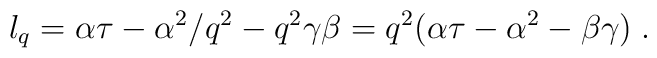
l_q=\alpha \tau - \alpha^{2}/q^{2} - q^{2} \gamma \beta = q^{2} (\alpha \tau -\alpha^{2} - \beta \gamma ) \;.